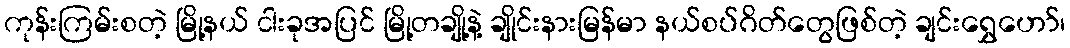
ကုန်းကြမ်းစတဲ့ မြို့နယ် ငါးခုအပြင် မြို့တချို့နဲ့ ချိုင်းနားမြန်မာ နယ်စပ်ဂိတ်တွေဖြစ်တဲ့ ချင်းရွှေဟော်၊